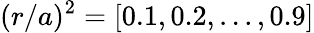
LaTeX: (r/a)^{2}=[0.1,0.2,...,0.9]